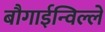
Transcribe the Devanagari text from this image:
बौगाईन्विल्ले